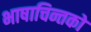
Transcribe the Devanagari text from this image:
भाषाचिन्तको